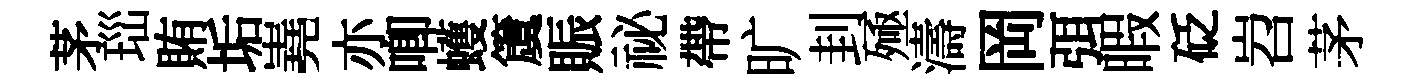
茅𤤼賄垢嶤亦唧蠖𥵂賑祕帶旷刲殛濤岡弭暇砭岧茅